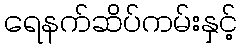
ရေနက်ဆိပ်ကမ်းနှင့်